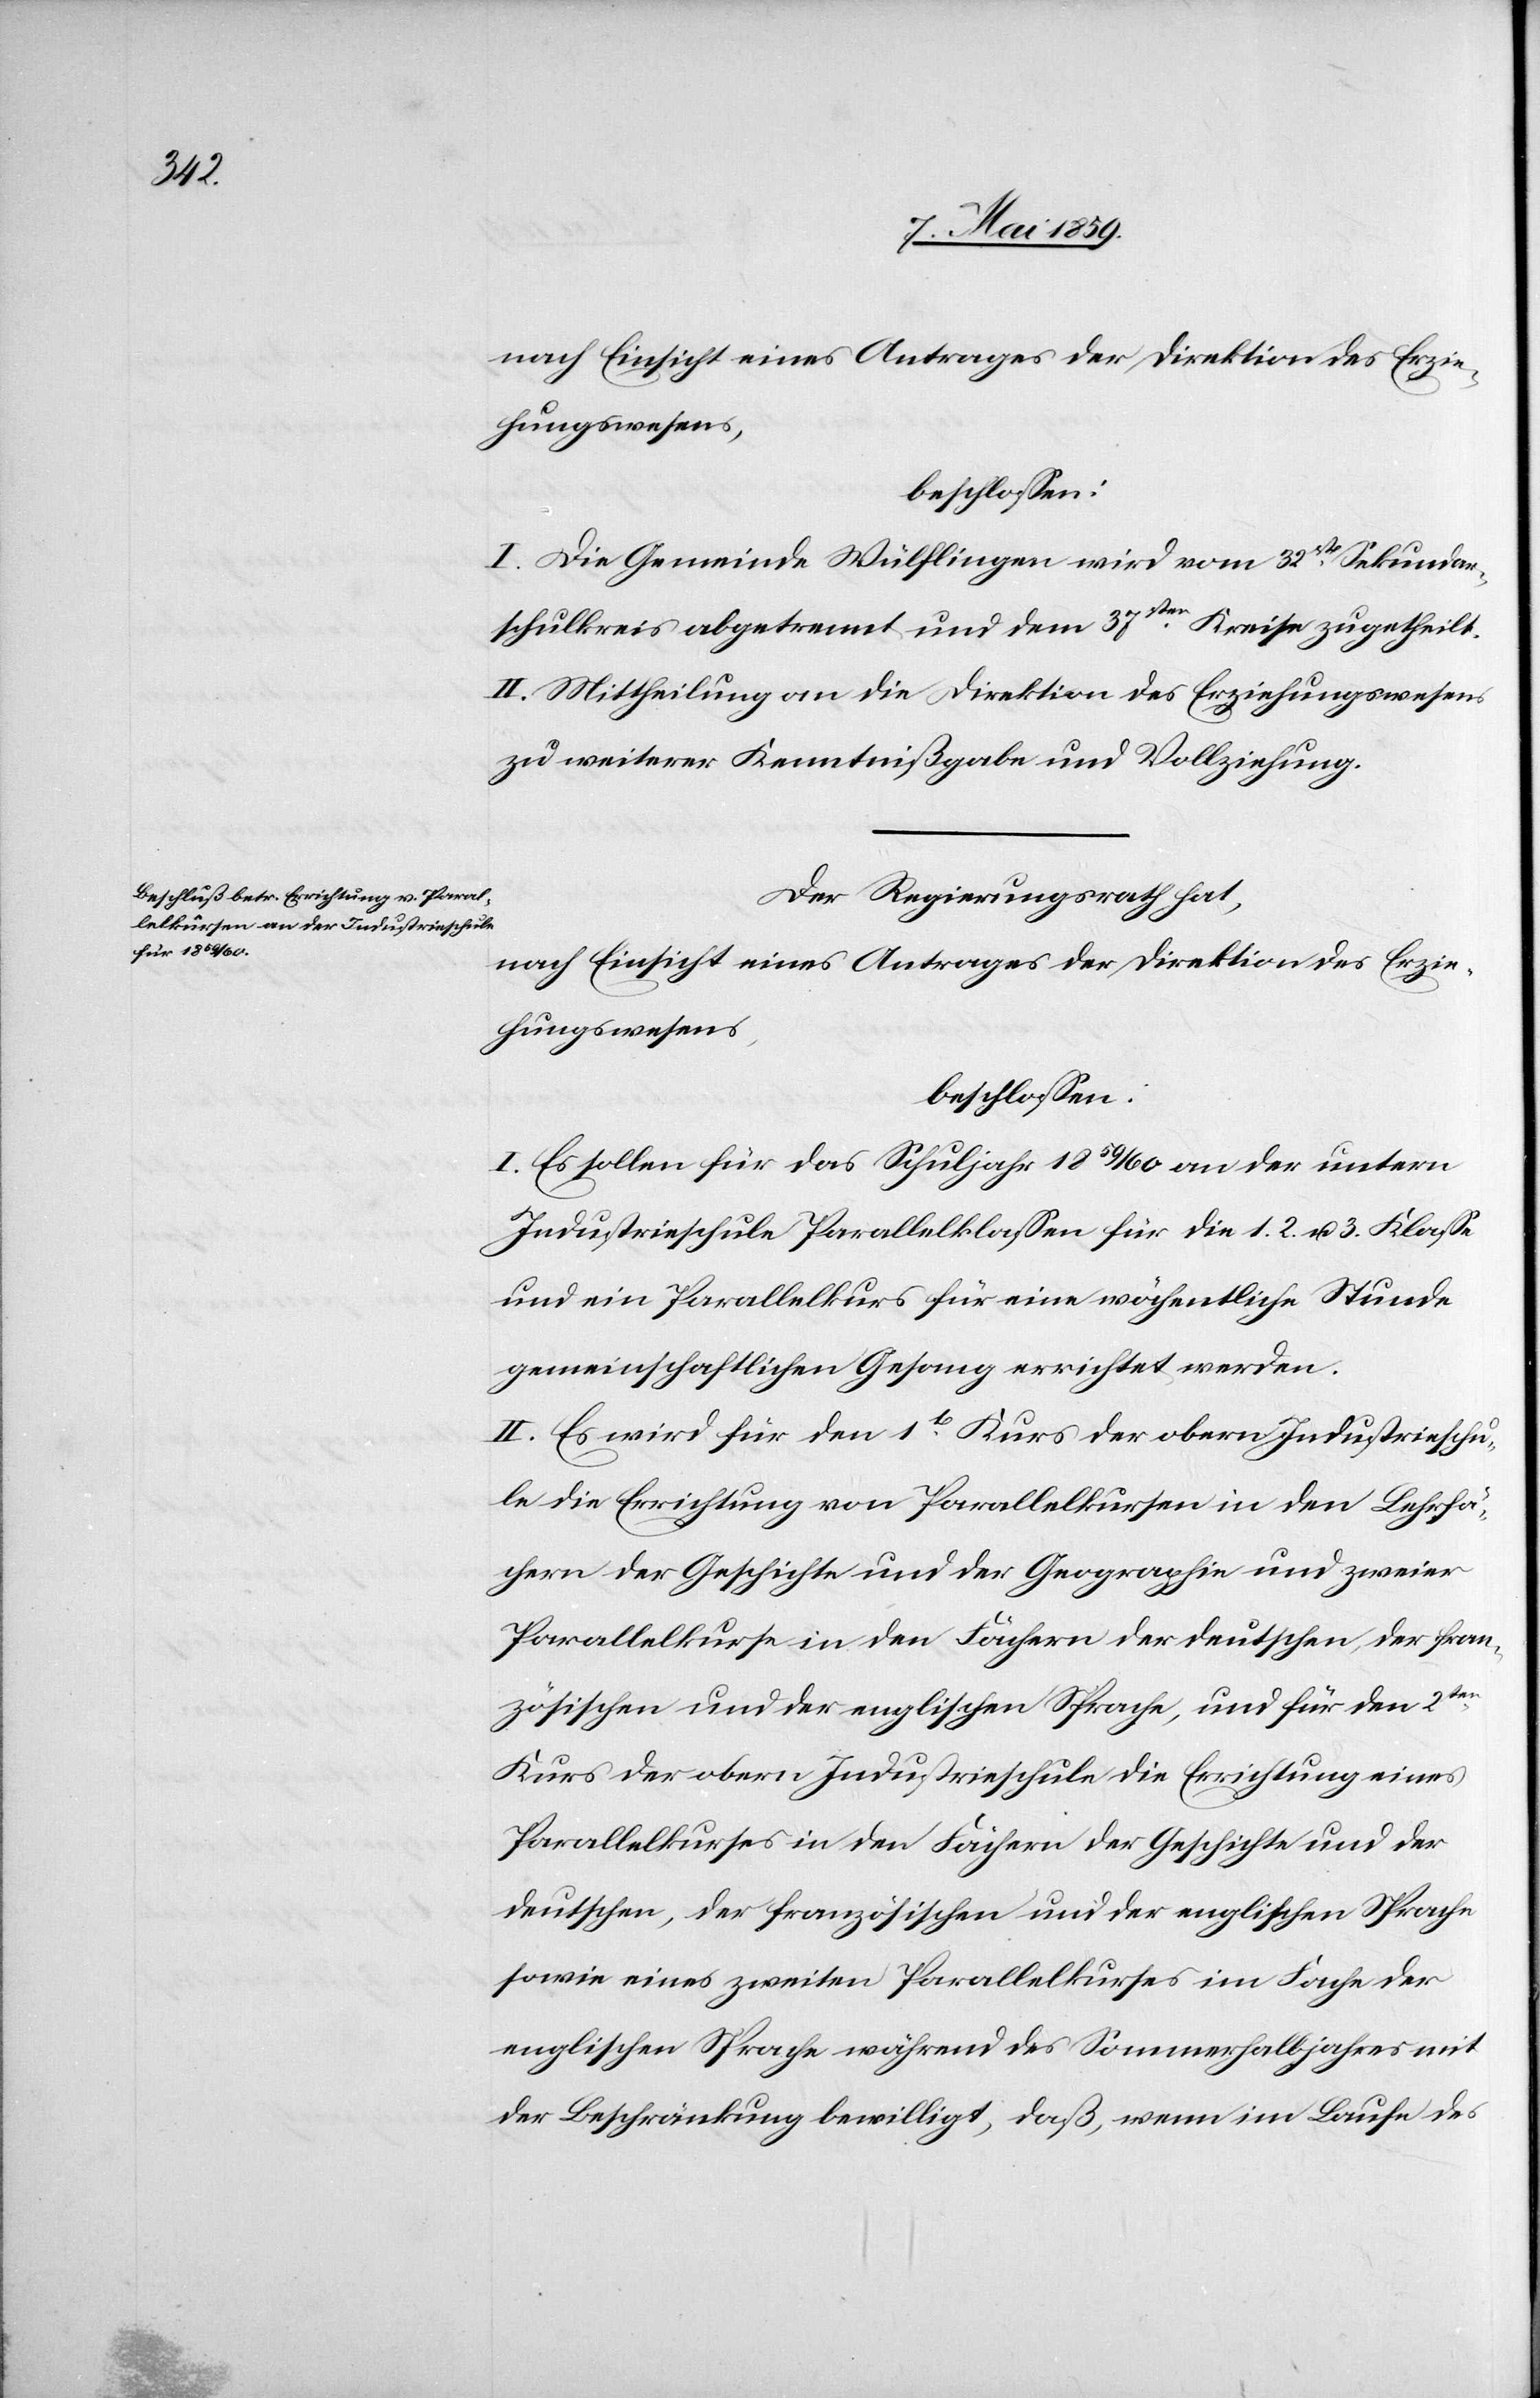
nach Einsicht eines Antrages der Direktion des Erzie¬
hungswesens,
I. Die Gemeinde Wülflingen wird vom 32st Sekundar¬
schulkreis abgetrennt und dem 37sten Kreise zugetheilt.
II. Mittheilung an die Direktion des Erziehungswesens
zu weiterer Kenntnißgabe und Vollziehung.
Der Regierungsrath hat,
nach Einsicht eines Antrages der Direktion des Erzie¬
hungswesens,
beschloßen:
I. Es sollen für das Schuljahr 1859/60 an der untern
Industrieschule Parallelklaßen für die 1.[,] 2. u. 3. Klaße
und ein Parallelkurs für eine wöchentliche Stunde
gemeinschaftlichen Gesang errichtet werden.
II. Es wird für den 1t Kurs der obern Industrieschu¬
le die Errichtung von Parallelkursen in den Lehrfä¬
chern der Geschichte und der Geographie und zweier
Parallelkurse in den Fächern der deutschen, der fran¬
zösischen und der englischen Sprache, und für den 2ten
Kurs der obern Industrieschule die Errichtung eines
Parallelkurses in den Fächern der Geschichte und der
deutschen, der französischen und der englischen Sprache
sowie eines zweiten Parallelkurses im Fache der
englischen Sprache während des Sommerhalbjahres mit
der Beschränkung bewilligt, daß, wenn im Laufe des